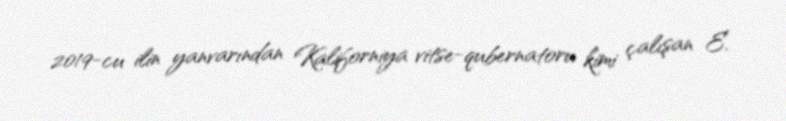
2019-cu ilin yanvarından Kaliforniya vitse-qubernatoru kimi çalışan E.